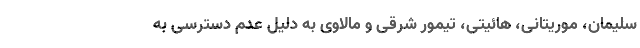
سلیمان، موریتانی، هائیتی، تیمور شرقی و مالاوی به دلیل عدم دسترسی به